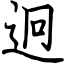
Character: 迥